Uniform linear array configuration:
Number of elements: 64
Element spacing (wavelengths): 1
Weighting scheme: exponential
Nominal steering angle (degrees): -15
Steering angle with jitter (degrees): -13.073
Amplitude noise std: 0.05
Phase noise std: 0.05

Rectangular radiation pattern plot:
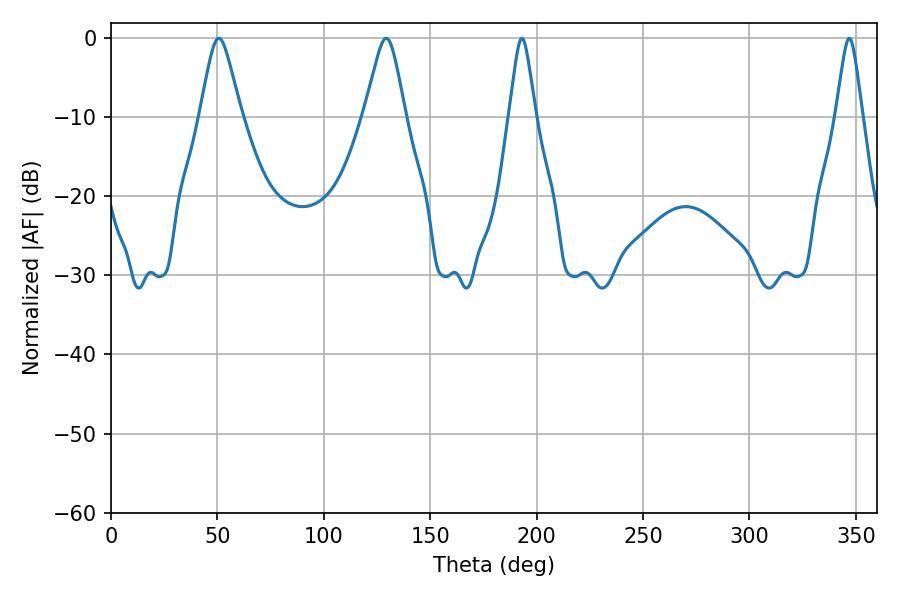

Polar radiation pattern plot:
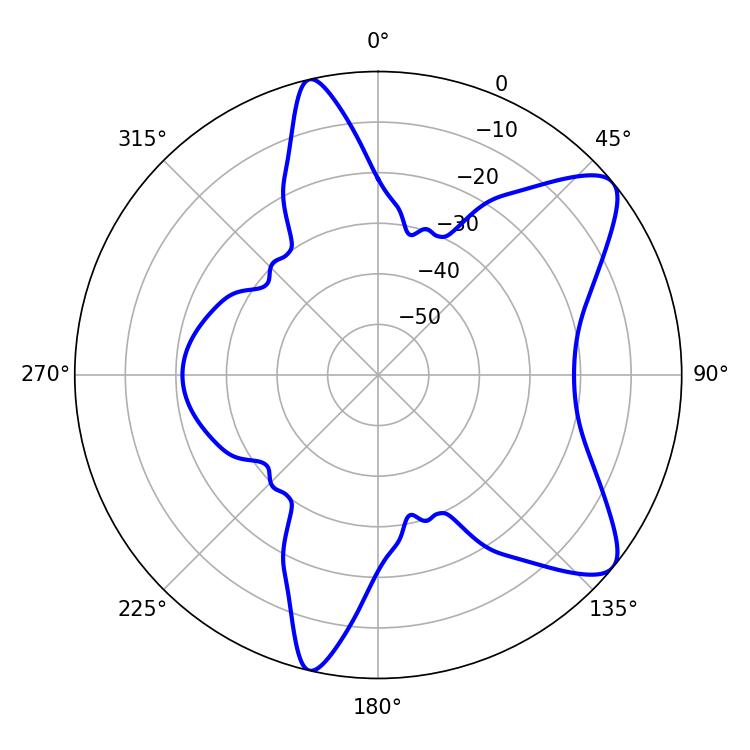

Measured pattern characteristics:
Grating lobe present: TRUE
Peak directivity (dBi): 9.045
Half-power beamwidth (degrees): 5.76
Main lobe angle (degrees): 193.14